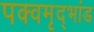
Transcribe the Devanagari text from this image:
पक्वमृद्भांड